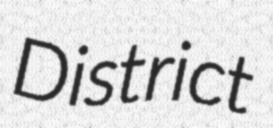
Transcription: District